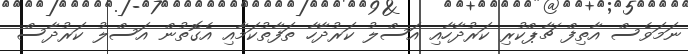
ނަމަވެސް އާތިފް ޗާޕްކުރި ކަރުދާހާއި އަސްލު ކަރުދާހާ ތަފާތުކަމާއި އެގޮތުން އަސްލު ކަރުދާސް